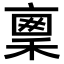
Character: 𥠤